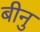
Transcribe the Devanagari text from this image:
बीनु